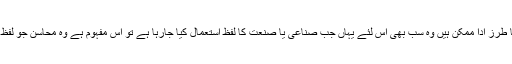
علم بیان بھی، علم بدیع بھی، عروض بھی اور جتنے اسالیب یا طرز ادا ممکن ہیں وہ سب بھی اس لئے یہاں جب صناعی یا صنعت کا لفظ استعمال کیا جارہا ہے تو اس مفہوم ہے وہ محاسن جو لفظ کے استعمال سے کلام کے ظاہر و باطن میں پیدا ہوتے ہیں ۔